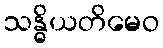
သန္ဓိယတိမေဝ